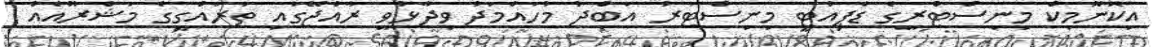
އިކޮނޮމިކް މިނިސްޓްރީގެ ޑެޕިއުޓީ މިނިސްޓަރު އަބްދު މުހައްމަދު ވިދާޅުވީ ރާއްޖޭގައި ތަރައްގީގެ މަޝްރޫއެއް